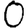
Digit: 0